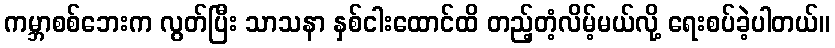
ကမ္ဘာစစ်ဘေးက လွတ်ပြီး သာသနာ နှစ်ငါးထောင်ထိ တည့်တံ့လိမ့်မယ်လို့ ရေးစပ်ခဲ့ပါတယ်။